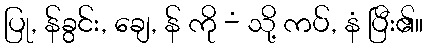
ပြု, န်ခွင်း, ချေ, န် ကို -ံ သို့ ကပ်, နံ ပြီး၏။